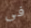
فى